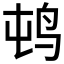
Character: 𲍭